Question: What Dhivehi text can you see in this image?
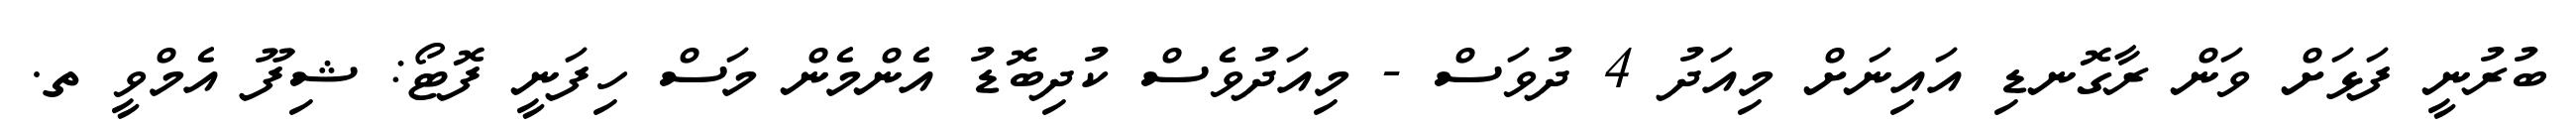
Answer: ބުރުނީ ފަޅަށް ވަން ރާގޮނޑި އައިނަށް މިއަދު 4 ދުވަސް - މިއަދުވެސް ކުދިބޮޑު އެންމެން މަސް ހިފަނީ ފޮޓޯ: ޝިފޫ އެމްވީ ތ.